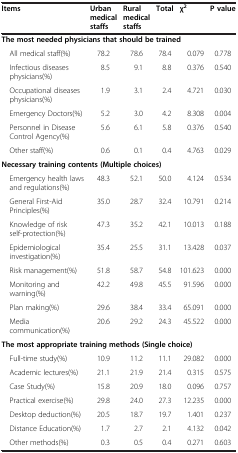
<table><thead><tr><td><b>Items</b></td><td><b>Urban medical staffs</b></td><td><b>Rural medical staffs</b></td><td><b>Total</b></td><td><b>χ<sup>2</sup></b></td><td><b>P value</b></td></tr></thead><tbody><tr><td colspan="6"><b>The most needed physicians that should be trained</b></td></tr><tr><td> All medical staff(%)</td><td>78.2</td><td>78.6</td><td>78.4</td><td>0.079</td><td>0.778</td></tr><tr><td> Infectious diseases physicians(%)</td><td>8.5</td><td>9.1</td><td>8.8</td><td>0.376</td><td>0.540</td></tr><tr><td> Occupational diseases physicians(%)</td><td>1.9</td><td>3.1</td><td>2.4</td><td>4.721</td><td>0.030</td></tr><tr><td> Emergency Doctors(%)</td><td>5.2</td><td>3.0</td><td>4.2</td><td>8.308</td><td>0.004</td></tr><tr><td> Personnel in Disease Control Agency(%)</td><td>5.6</td><td>6.1</td><td>5.8</td><td>0.376</td><td>0.540</td></tr><tr><td> Other staff(%)</td><td>0.6</td><td>0.1</td><td>0.4</td><td>4.763</td><td>0.029</td></tr><tr><td colspan="6"><b>Necessary training contents (Multiple choices)</b></td></tr><tr><td> Emergency health laws and regulations(%)</td><td>48.3</td><td>52.1</td><td>50.0</td><td>4.124</td><td>0.534</td></tr><tr><td> General First-Aid Principles(%)</td><td>35.0</td><td>28.7</td><td>32.4</td><td>10.791</td><td>0.214</td></tr><tr><td> Knowledge of risk self-protection(%)</td><td>47.3</td><td>35.2</td><td>42.1</td><td>10.013</td><td>0.188</td></tr><tr><td> Epidemiological investigation(%)</td><td>35.4</td><td>25.5</td><td>31.1</td><td>13.428</td><td>0.037</td></tr><tr><td> Risk management(%)</td><td>51.8</td><td>58.7</td><td>54.8</td><td>101.623</td><td>0.000</td></tr><tr><td> Monitoring and warning(%)</td><td>42.2</td><td>49.8</td><td>45.5</td><td>91.596</td><td>0.000</td></tr><tr><td> Plan making(%)</td><td>29.6</td><td>38.4</td><td>33.4</td><td>65.091</td><td>0.000</td></tr><tr><td> Media communication(%)</td><td>20.6</td><td>29.2</td><td>24.3</td><td>45.522</td><td>0.000</td></tr><tr><td colspan="6"><b>The most appropriate training methods (Single choice)</b></td></tr><tr><td> Full-time study(%)</td><td>10.9</td><td>11.2</td><td>11.1</td><td>29.082</td><td>0.000</td></tr><tr><td> Academic lectures(%)</td><td>21.1</td><td>21.9</td><td>21.4</td><td>0.315</td><td>0.575</td></tr><tr><td> Case Study(%)</td><td>15.8</td><td>20.9</td><td>18.0</td><td>0.096</td><td>0.757</td></tr><tr><td> Practical exercise(%)</td><td>29.8</td><td>24.0</td><td>27.3</td><td>12.235</td><td>0.000</td></tr><tr><td> Desktop deduction(%)</td><td>20.5</td><td>18.7</td><td>19.7</td><td>1.401</td><td>0.237</td></tr><tr><td> Distance Education(%)</td><td>1.7</td><td>2.7</td><td>2.1</td><td>4.132</td><td>0.042</td></tr><tr><td> Other methods(%)</td><td>0.3</td><td>0.5</td><td>0.4</td><td>0.271</td><td>0.603</td></tr></tbody></table>